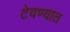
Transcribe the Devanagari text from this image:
टेवण्यात